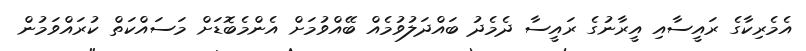
އެމެރިކާގެ ރައީސާއި އީރާނުގެ ރައީސާ ދެމެދު ބައްދަލުވުމެއް ބޭއްވުމަށް އެންމެބޮޑަށް މަސައްކަތް ކުރައްވަމުން